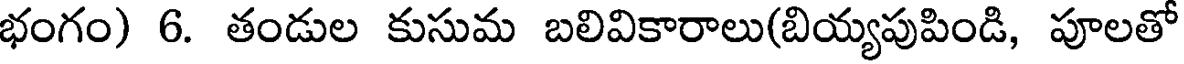
భంగం) 6. తండుల కుసుమ బలివికారాలు(బియ్యపుపిండి, పూలతో